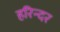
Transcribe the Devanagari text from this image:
हरिन्दर